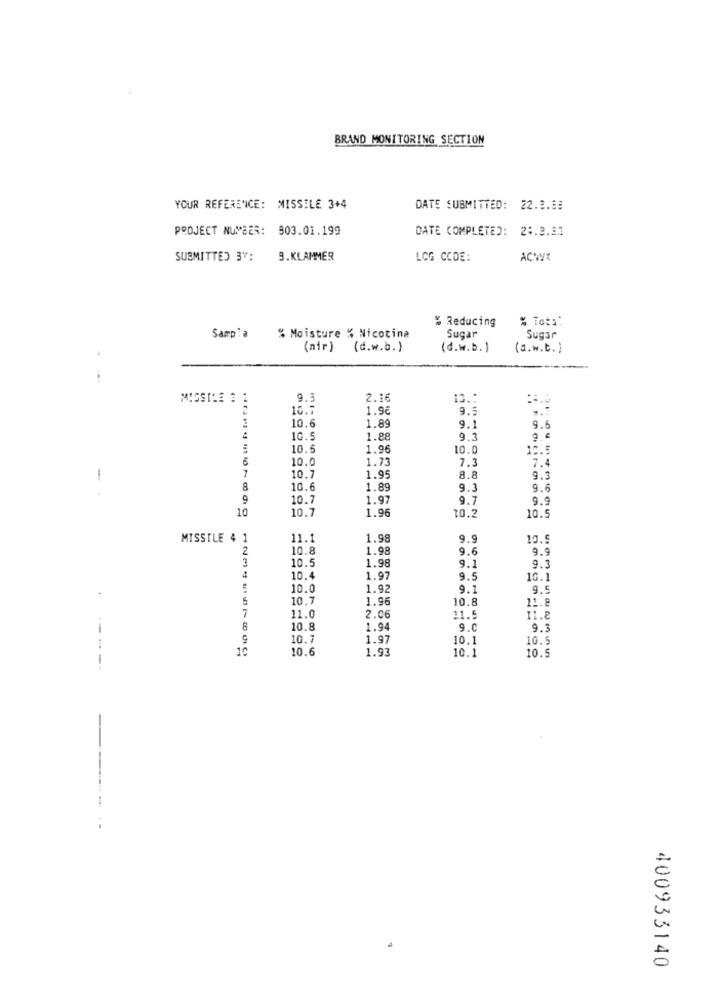
BRAND MONITORING SECTION
YOUR REFERENCE: MISSILE 3+4
DATE SUBMITTED: 22.8.83
PROJECT NUMBER: 903.01.199
DATE COMPLETED: 25.3.27
SUBMITTED 37:
3.KLAMMER
LCG CCDE:
ACWX
% Reducing
% Toti!
Samp! a
% Moisture % Nicotina
Sugar
Sugar
(air)
(d.w.b.)
(d.w.b. )
(1.w.t.)
--
MISSILE 3
9.5
2.16
13 .:
2
15.7
1.9€
9.5
1.89
9.1
9.6
10.6
10.5
1.88
9.3
9.4
10.5
1.96
10.0
6
10.0
1.73
7.3
7.4
1.95
7
10.7
8.8
9.3
8
10.6
1.89
9.3
9.6
-.
9
10.7
1.97
9.7
9.9
10.7
1.96
10
10.2
10.5
MISSILE 4 1
11.1
1.98
9.9
2
10.8
1.98
9.6
10.5
1.98
9.1
9.3
10.4
1.97
9.5
10.1
10.0
1.92
9.1
9.5
.
5
10.7
1.96
10.8
11.8
7
11.0
2.06
11.5
11.8
8
10.8
1.94
9.0
9.3
9
10.7
1.97
10.1
10.5
10
10.6
1.93
10.1
10.5
-----
--- --
400933140